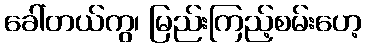
ခေါ်တယ်ကွ၊ မြည်းကြည့်စမ်းဟေ့